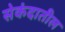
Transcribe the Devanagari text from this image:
सेकंदातील